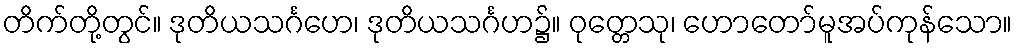
တိက်တို့တွင်။ ဒုတိယသင်္ဂဟေ၊ ဒုတိယသင်္ဂဟ၌။ ဝုတ္တေသု၊ ဟောတော်မူအပ်ကုန်သော။